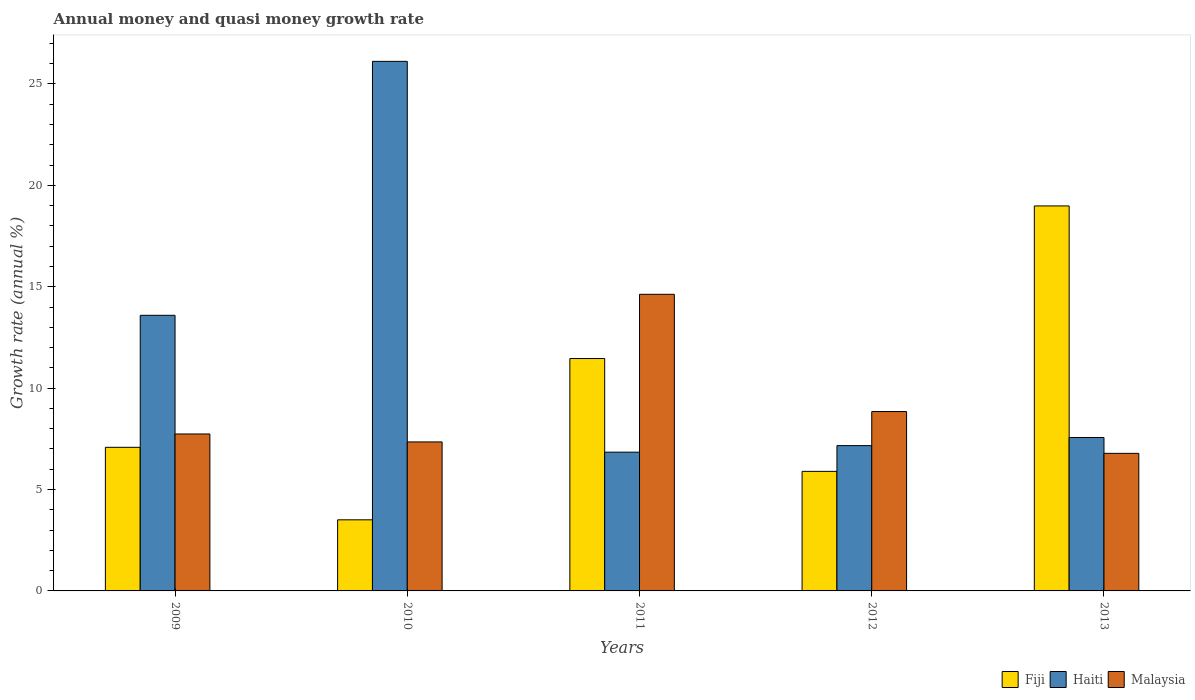
| Years | Fiji | Haiti | Malaysia |
 | --- | --- | --- | --- |
 | 2009 | 7.08 | 13.6 | 7.74 |
 | 2010 | 3.51 | 26.1 | 7.35 |
 | 2011 | 11.5 | 6.84 | 14.6 |
 | 2012 | 5.9 | 7.17 | 8.85 |
 | 2013 | 19 | 7.57 | 6.78 |